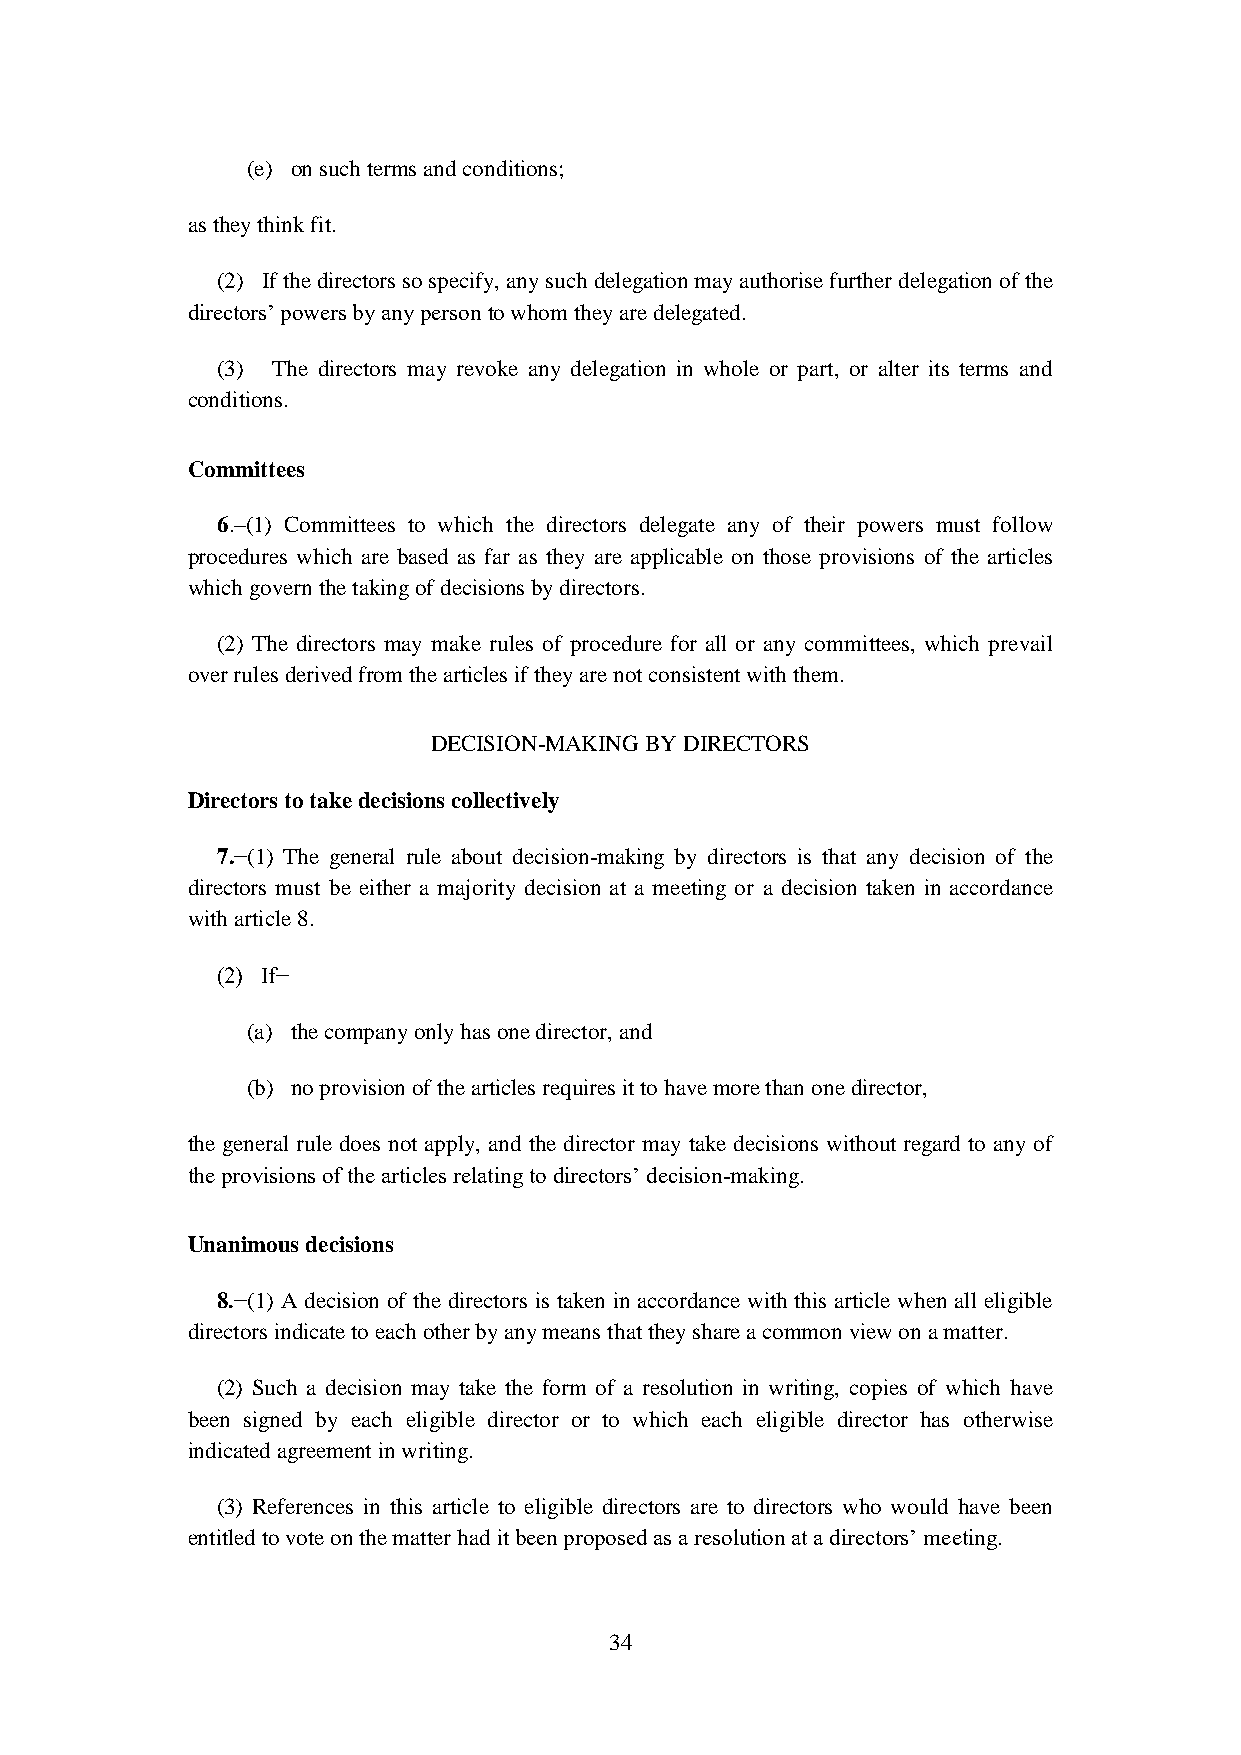
(e) on such terms and conditions;
 as they think fit.
 (2) If the directors so specify, any such delegation may authorise further delegation of the
 directors’ powers by any person to whom they are delegated.
 (3) The directors may revoke any delegation in whole or part, or alter its terms and
 conditions.
 Committees
 6.–(1) Committees to which the directors delegate any of their powers must follow
 procedures which are based as far as they are applicable on those provisions of the articles
 which govern the taking of decisions by directors.
 (2) The directors may make rules of procedure for all or any committees, which prevail
 over rules derived from the articles if they are not consistent with them.
 DECISION-MAKING BY DIRECTORS
 Directors to take decisions collectively
 7.−(1) The general rule about decision-making by directors is that any decision of the
 directors must be either a majority decision at a meeting or a decision taken in accordance
 with article 8.
 (2) If−
 (a) the company only has one director, and
 (b) no provision of the articles requires it to have more than one director,
 the general rule does not apply, and the director may take decisions without regard to any of
 the provisions of the articles relating to directors’ decision-making.
 Unanimous decisions
 8.−(1) A decision of the directors is taken in accordance with this article when all eligible
 directors indicate to each other by any means that they share a common view on a matter.
 (2) Such a decision may take the form of a resolution in writing, copies of which have
 been signed by each eligible director or to which each eligible director has otherwise
 indicated agreement in writing.
 (3) References in this article to eligible directors are to directors who would have been
 entitled to vote on the matter had it been proposed as a resolution at a directors’ meeting.
 34